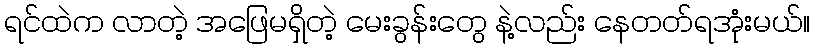
ရင်ထဲက လာတဲ့ အဖြေမရှိတဲ့ မေးခွန်းတွေ နဲ့လည်း နေတတ်ရအုံးမယ်။